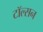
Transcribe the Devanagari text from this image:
टॉल्सन